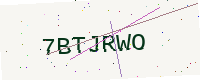
Text: 7BTJRWO